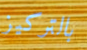
بالتركيز